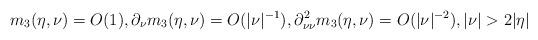
LaTeX: \begin{align*}m_3(\eta,\nu)=O(1),\partial_\nu m_3(\eta,\nu)=O(|\nu|^{-1}), \partial_{\nu\nu}^2 m_3(\eta,\nu)=O(|\nu|^{-2}),|\nu|>2|\eta|\end{align*}